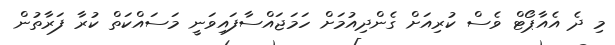
މި ދެ އެއާޕޯޓް ވެސް ކުރިއަށް ގެންދިއުމަށް ހަމަޖައްސާފައިވަނީ މަސައްކަތް ކުރާ ފަރާތުން